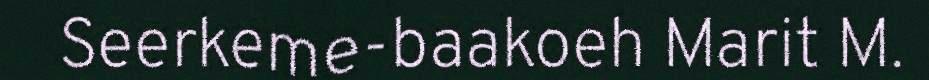
Seerkeme-baakoeh Marit M.